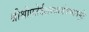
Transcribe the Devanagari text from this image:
श्रीश्रीपतेर्दशरथार्भकभावपूर्तेः